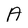
Character: A